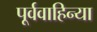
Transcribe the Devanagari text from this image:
पूर्ववाहिन्या